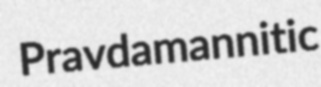
Pravda mannitic